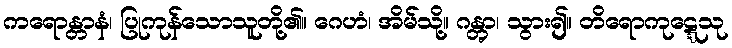
ကရောန္တာနံ၊ ပြုကုန်သောသူတို့၏။ ဂေဟံ၊ အိမ်သို့။ ဂန္တွာ၊ သွား၍။ တိရောကုဋ္ဋေသု